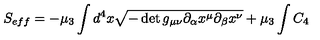
S _ { e f f } = - \mu _ { 3 } \int d ^ { 4 } x \sqrt { - \det { g _ { \mu \nu } \partial _ { \alpha } x ^ { \mu } \partial _ { \beta } x ^ { \nu } } } + \mu _ { 3 } \int C _ { 4 }